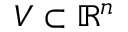
V \subset \mathbb { R } ^ { n }